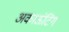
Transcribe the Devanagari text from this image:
अकाऊंटिंग